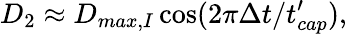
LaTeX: D_{2}\approx D_{max,I}\cos(2\pi\Delta t/t_{cap}^{\prime}),